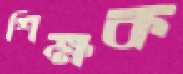
শিক্ষক